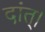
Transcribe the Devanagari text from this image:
दांत्।